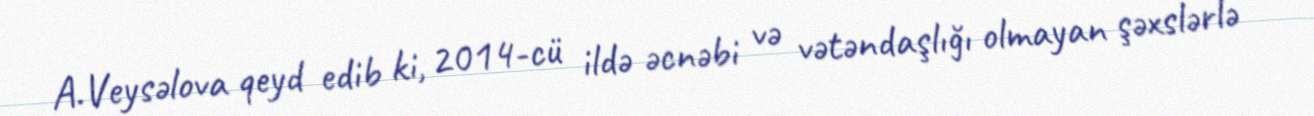
A.Veysəlova qeyd edib ki, 2014-cü ildə əcnəbi və vətəndaşlığı olmayan şəxslərlə